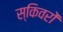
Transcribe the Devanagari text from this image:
स्किवरों